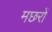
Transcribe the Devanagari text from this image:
मछरों